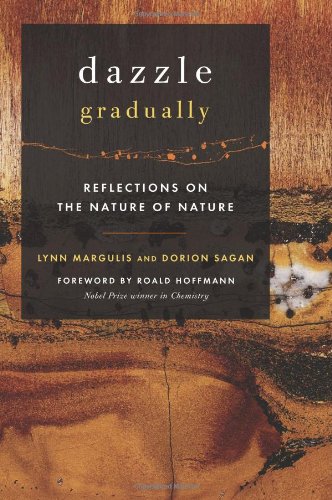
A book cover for Dazzle Gradually: Reflections on the Nature of Nature; Lynn Margulis; Science & Math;